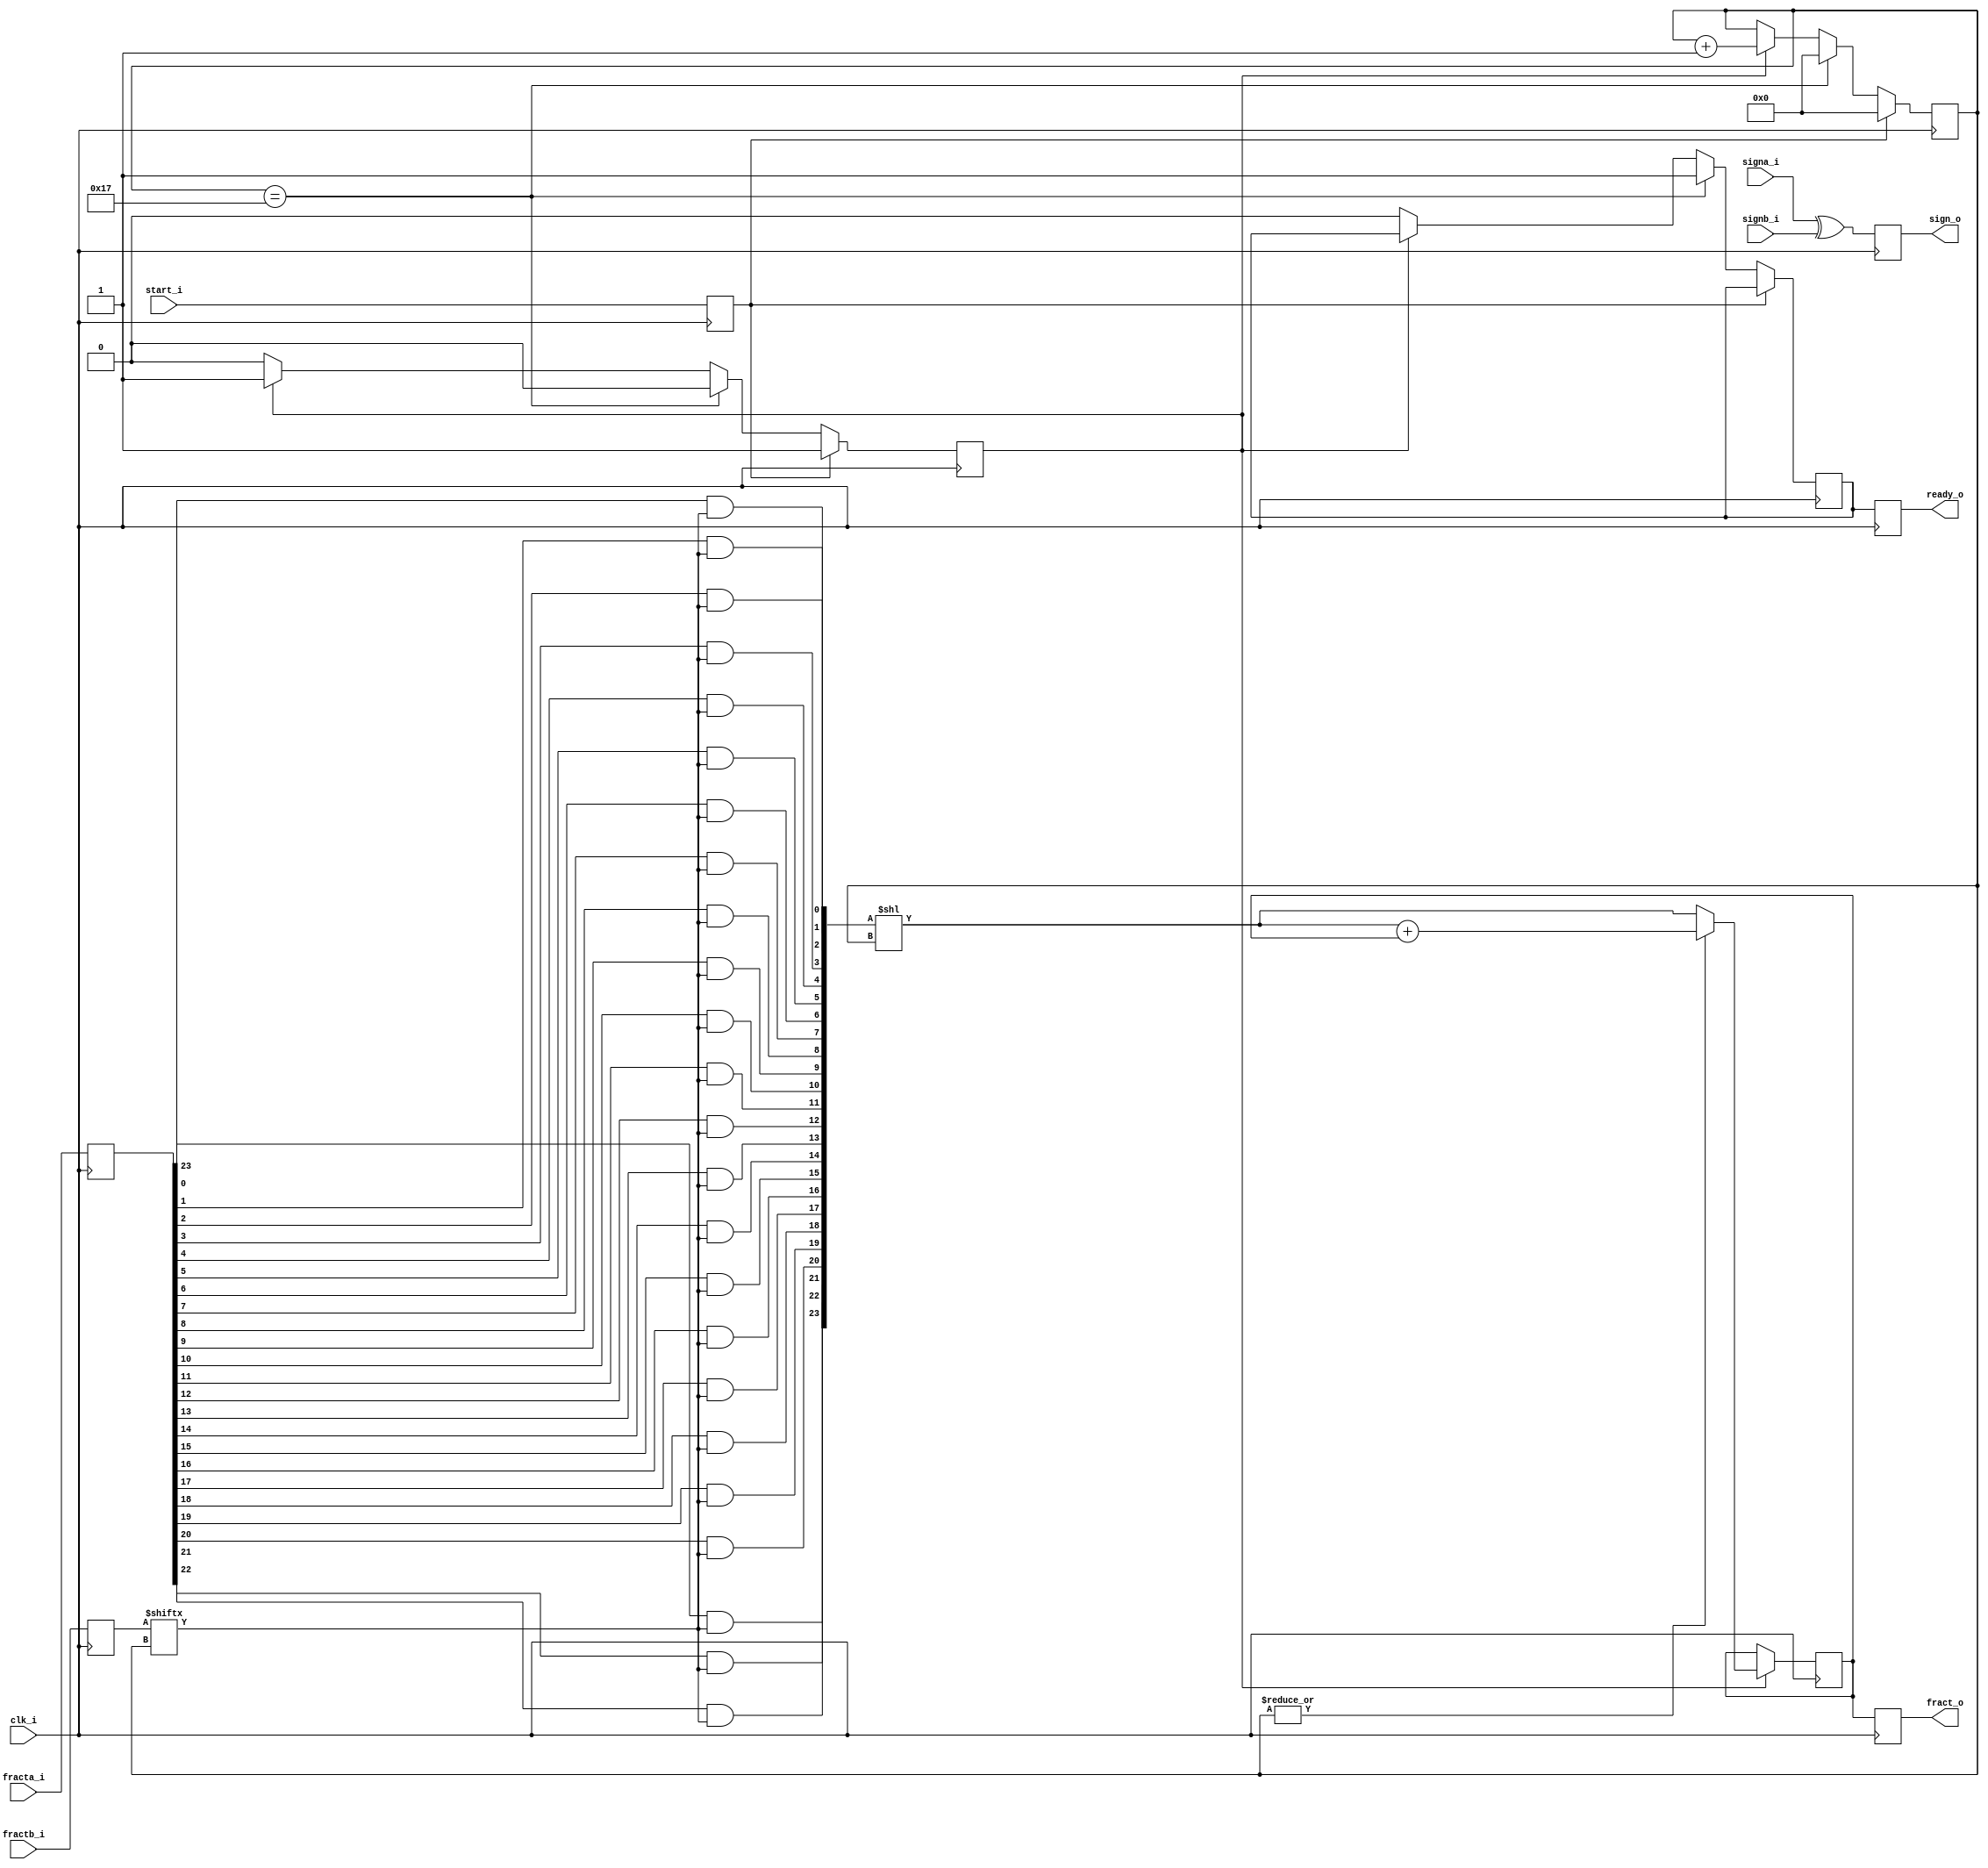
module or1200_fpu_mul 
(  
   clk_i,
   fracta_i,
   fractb_i,
   signa_i,
   signb_i,
   start_i,
   fract_o,
   sign_o,
   ready_o
   );
   parameter FP_WIDTH = 32;
   parameter MUL_SERIAL = 0; 
   parameter MUL_COUNT = 11; 
   parameter FRAC_WIDTH = 23;
   parameter EXP_WIDTH = 8;
   parameter ZERO_VECTOR = 31'd0;
   parameter INF = 31'b1111111100000000000000000000000;
   parameter QNAN = 31'b1111111110000000000000000000000;
   parameter SNAN = 31'b1111111100000000000000000000001;
   input clk_i;
   input [FRAC_WIDTH:0] fracta_i;   
   input [FRAC_WIDTH:0] fractb_i;   
   input 		signa_i;
   input 		signb_i;
   input 		start_i;
   output reg [2*FRAC_WIDTH+1:0] fract_o;
   output reg 		     sign_o;
   output reg 		     ready_o;
   parameter t_state_waiting = 1'b0,
	       t_state_busy = 1'b1;
   reg [47:0] 		     s_fract_o;
   reg [23:0] 		     s_fracta_i;
   reg [23:0] 		     s_fractb_i;
   reg 			     s_signa_i, s_signb_i;
   wire 		     s_sign_o;
   reg 			     s_start_i;
   reg 			     s_ready_o;
   reg 			     s_state;
   reg [4:0] 		     s_count;
   wire [23:0] 		     s_tem_prod;
   always @(posedge clk_i)
     begin
	s_fracta_i <= fracta_i;
	s_fractb_i <= fractb_i;
	s_signa_i<= signa_i;
	s_signb_i<= signb_i;
	s_start_i <= start_i;
     end
   always @(posedge clk_i)
     begin
	fract_o <= s_fract_o;
	sign_o <= s_sign_o;	
	ready_o <= s_ready_o;
     end
   assign s_sign_o = signa_i ^ signb_i;
   always @(posedge clk_i)
     if (s_start_i)
       begin
	  s_state <= t_state_busy;
	  s_count <= 0;
       end
     else if (s_count==23)
       begin
	  s_state <= t_state_waiting;
	  s_ready_o <= 1;
	  s_count <=0;
       end
     else if (s_state==t_state_busy)
       s_count <= s_count + 1;
     else
       begin
	  s_state <= t_state_waiting;
	  s_ready_o <= 0;
       end
   assign s_tem_prod[0] = s_fracta_i[0] & s_fractb_i[s_count];
   assign s_tem_prod[1] = s_fracta_i[1] & s_fractb_i[s_count];
   assign s_tem_prod[2] = s_fracta_i[2] & s_fractb_i[s_count];
   assign s_tem_prod[3] = s_fracta_i[3] & s_fractb_i[s_count];
   assign s_tem_prod[4] = s_fracta_i[4] & s_fractb_i[s_count];
   assign s_tem_prod[5] = s_fracta_i[5] & s_fractb_i[s_count];
   assign s_tem_prod[6] = s_fracta_i[6] & s_fractb_i[s_count];
   assign s_tem_prod[7] = s_fracta_i[7] & s_fractb_i[s_count];
   assign s_tem_prod[8] = s_fracta_i[8] & s_fractb_i[s_count];
   assign s_tem_prod[9] = s_fracta_i[9] & s_fractb_i[s_count];
   assign s_tem_prod[10] = s_fracta_i[10] & s_fractb_i[s_count];
   assign s_tem_prod[11] = s_fracta_i[11] & s_fractb_i[s_count];
   assign s_tem_prod[12] = s_fracta_i[12] & s_fractb_i[s_count];
   assign s_tem_prod[13] = s_fracta_i[13] & s_fractb_i[s_count];
   assign s_tem_prod[14] = s_fracta_i[14] & s_fractb_i[s_count];
   assign s_tem_prod[15] = s_fracta_i[15] & s_fractb_i[s_count];
   assign s_tem_prod[16] = s_fracta_i[16] & s_fractb_i[s_count];
   assign s_tem_prod[17] = s_fracta_i[17] & s_fractb_i[s_count];
   assign s_tem_prod[18] = s_fracta_i[18] & s_fractb_i[s_count];
   assign s_tem_prod[19] = s_fracta_i[19] & s_fractb_i[s_count];
   assign s_tem_prod[20] = s_fracta_i[20] & s_fractb_i[s_count];
   assign s_tem_prod[21] = s_fracta_i[21] & s_fractb_i[s_count];
   assign s_tem_prod[22] = s_fracta_i[22] & s_fractb_i[s_count];
   assign s_tem_prod[23] = s_fracta_i[23] & s_fractb_i[s_count];
   wire [47:0] v_prod_shl;
   assign v_prod_shl = {24'd0,s_tem_prod} << s_count[4:0];
   always @(posedge clk_i)
     if (s_state==t_state_busy)
       begin
	  if (|s_count)
	    s_fract_o <= v_prod_shl + s_fract_o;
	  else
	    s_fract_o <= v_prod_shl;
       end
endmodule